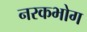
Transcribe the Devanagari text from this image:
नरकभोग